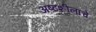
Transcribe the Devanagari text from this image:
अष्टशीलाचे